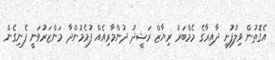
އެގޮތުން ވިލުފުށީ ދާއިރާގެ މެމްބަރު ރިޔާޒް ރަޝީދު ދުންމާރިއެއް ފުމެމުންދާ މަންޒަރުވަނީ ފެނިގެން